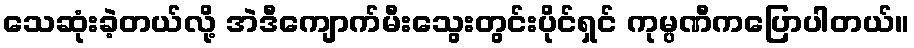
သေဆုံးခဲ့တယ်လို့ အဲဒီကျောက်မီးသွေးတွင်းပိုင်ရှင် ကုမ္ပဏီကပြောပါတယ်။